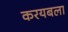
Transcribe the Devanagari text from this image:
करयबला